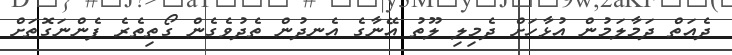
ދެއަތް ދަމާލަމުން އުޅާހަށް ދެމިލި ލޫތު އޭނާގެ އެނދުން ތެދުވެގެން ގޯތިތެރެ ފެންނަގޮތަށް